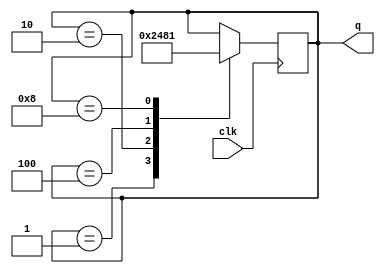
// Ring Counter
module ring_counter(clk, q);
  input clk;             // Saat sinyali girii
  output reg [3:0] q = 4'd1; // 4-bit k, balang 1 deeri

  always @(posedge clk) // Saat ykselen kenarnda 
  begin
    case (q)            // Mevcut duruma gre durum makinesi ilemi
      4'd1: q = 4'd2;   // Durum 0001'den 0010'ye geiyor
      4'd2: q = 4'd4;   // Durum 0010'den 0100'e geiyor
      4'd4: q = 4'd8;   // Durum 0100'den 1000'e geiyor
      4'd8: q = 4'd1;   // Durum 1000'den 0001'e geiyor (dng)
    endcase
  end
endmodule